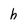
Character: h